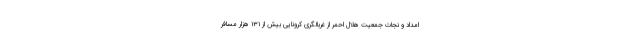
امداد و نجات جمعیت هلال احمر از غربالگری کرونایی بیش از ۱۳۱ هزار مسافر